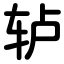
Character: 轳